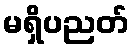
မရှိပညတ်